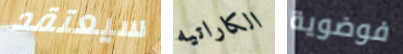
سيعتقد الكاراتيه فوضوية